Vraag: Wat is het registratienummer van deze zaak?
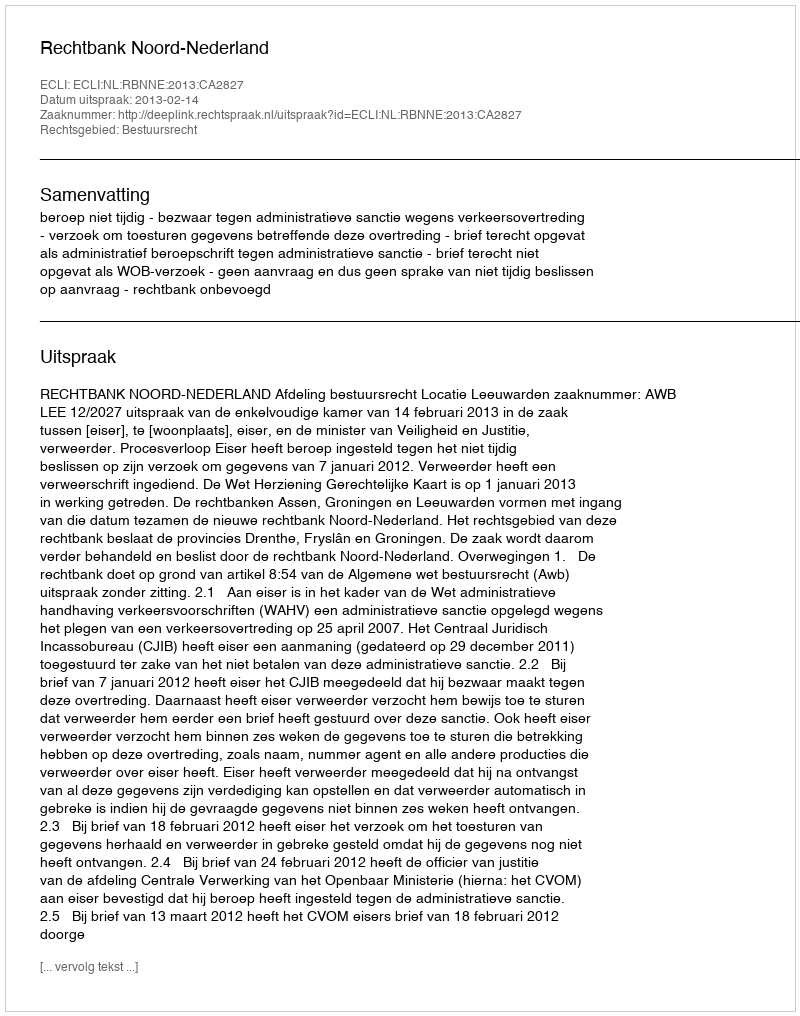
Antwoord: http://deeplink.rechtspraak.nl/uitspraak?id=ECLI:NL:RBNNE:2013:CA2827